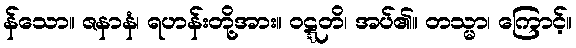
န်သော။ ဇနာနံ၊ ရဟန်းတို့အား။ ဝဋ္ဋတိ၊ အပ်၏။ တသ္မာ၊ ကြောင့်။